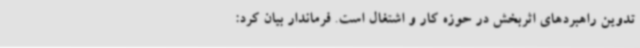
تدوین راهبردهای اثربخش در حوزه کار و اشتغال است. فرماندار بیان کرد: